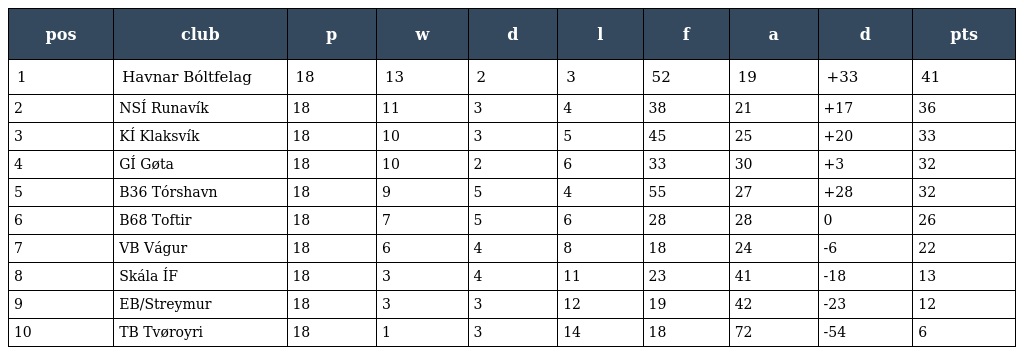
| pos | club | p | w | d | l | f | a | d | pts |
 | --- | --- | --- | --- | --- | --- | --- | --- | --- | --- |
 | 1 | Havnar Bóltfelag | 18 | 13 | 2 | 3 | 52 | 19 | +33 | 41 |
 | 2 | NSÍ Runavík | 18 | 11 | 3 | 4 | 38 | 21 | +17 | 36 |
 | 3 | KÍ Klaksvík | 18 | 10 | 3 | 5 | 45 | 25 | +20 | 33 |
 | 4 | GÍ Gøta | 18 | 10 | 2 | 6 | 33 | 30 | +3 | 32 |
 | 5 | B36 Tórshavn | 18 | 9 | 5 | 4 | 55 | 27 | +28 | 32 |
 | 6 | B68 Toftir | 18 | 7 | 5 | 6 | 28 | 28 | 0 | 26 |
 | 7 | VB Vágur | 18 | 6 | 4 | 8 | 18 | 24 | -6 | 22 |
 | 8 | Skála ÍF | 18 | 3 | 4 | 11 | 23 | 41 | -18 | 13 |
 | 9 | EB/Streymur | 18 | 3 | 3 | 12 | 19 | 42 | -23 | 12 |
 | 10 | TB Tvøroyri | 18 | 1 | 3 | 14 | 18 | 72 | -54 | 6 |